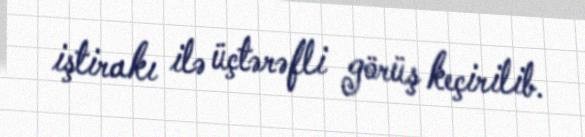
iştirakı ilə üçtərəfli görüş keçirilib.